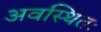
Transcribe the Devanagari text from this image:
अवस्थितः